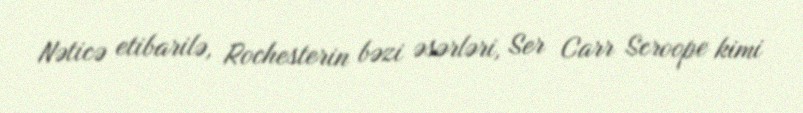
Nəticə etibarilə, Rochesterin bəzi əsərləri, Ser Carr Scroope kimi